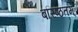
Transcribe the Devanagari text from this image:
बरिष्ठतम्